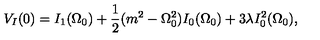
V _ { I } ( 0 ) = I _ { 1 } ( \Omega _ { 0 } ) + \frac { 1 } { 2 } ( m ^ { 2 } - \Omega _ { 0 } ^ { 2 } ) I _ { 0 } ( \Omega _ { 0 } ) + 3 \lambda I _ { 0 } ^ { 2 } ( \Omega _ { 0 } ) ,